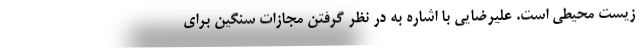
زیست محیطی است. علیرضایی با اشاره به در نظر گرفتن مجازات سنگین برای